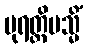
ပုရတ္ထိမသ္မိံ